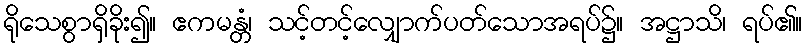
ရိုသေစွာရှိခိုး၍။ ဧကမန္တံ၊ သင့်တင့်လျှောက်ပတ်သောအရပ်၌။ အဋ္ဌာသိ၊ ရပ်၏။